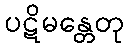
ပဋိမန္တေတု